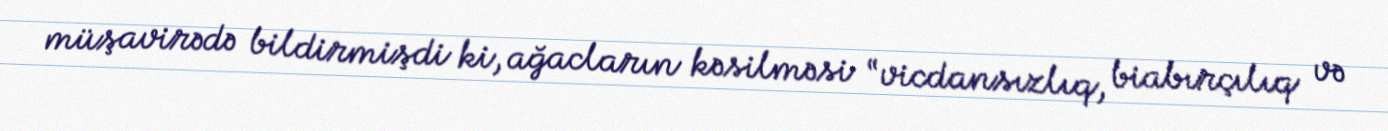
müşavirədə bildirmişdi ki, ağacların kəsilməsi “vicdansızlıq, biabırçılıq və